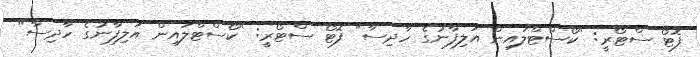
ފޮޓޯ ސްޓޯރީ: "ކޯސްޓްލައިން އަލިފާނުގެ ހާދިސާ" ފޮޓޯ ސްޓޯރީ: "ކޯސްޓްލައިން އަލިފާނުގެ ހާދިސާ"